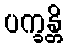
ပက္ခန္တိ